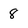
Character: 8